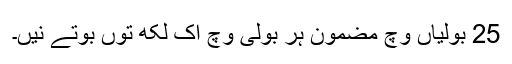
25 بولیاں وچ مضمون ہر بولی وچ اک لکھ توں بوتے نیں۔